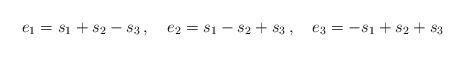
LaTeX: \begin{align*}e_1=s_1+s_2-s_3 \, , \quad e_2=s_1-s_2+s_3 \, , \quad e_3=-s_1+s_2+s_3\end{align*}